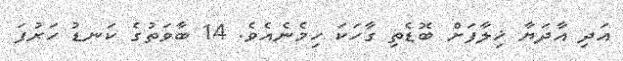
އަދި އާދަޔާ ޚިލާފަށް ބޮޑެތި ގާހަކަ ހިމެނެއެވެ. 14 ބާވަތުގެ ކަނޑު ހަރުފަ